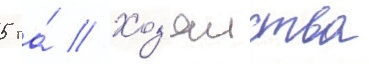
5 га́ // Хоз'яиства